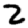
Digit: 2